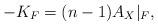
LaTeX: \begin{align*}-K_F=(n-1)A_X\vert_F,\end{align*}